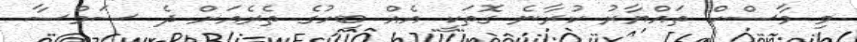
މި މާސްކް ތައްޔާރު ކުރާނެ ގޮތަކީ އެއް ބިހުގެ ތެރެއަށް ދެ ސަމްސާ